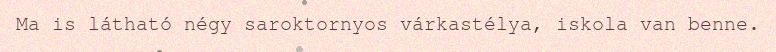
Ma is látható négy saroktornyos várkastélya, iskola van benne.